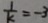
\frac { 1 } { k } = - 3